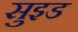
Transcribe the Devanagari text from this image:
सुइड